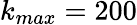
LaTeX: k_{max}=200